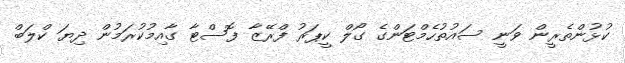
ކުޅުންތެރީން ވަނީ ސައުތުހެމްޓަންގެ ގޯލް ކީޕަރު ފްރޭޒާ ފޮސްޓާ ގާއިމުކުރަމުން ދިޔަ ކްލަބް